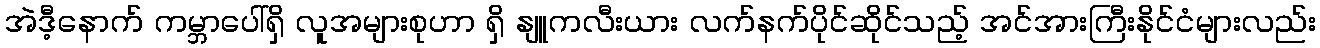
အဲဒီ့နောက် ကမ္ဘာပေါ်ရှိ လူအများစုဟာ ရှိ နျူကလီးယား လက်နက်ပိုင်ဆိုင်သည့် အင်အားကြီးနိုင်ငံများလည်း